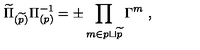
\widetilde \Pi _ { ( \widetilde p ) } \Pi _ { ( p ) } ^ { - 1 } = \pm \prod _ { m \in p \sqcup { \widetilde p } } \Gamma ^ { m } \ ,